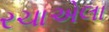
રચાએલા